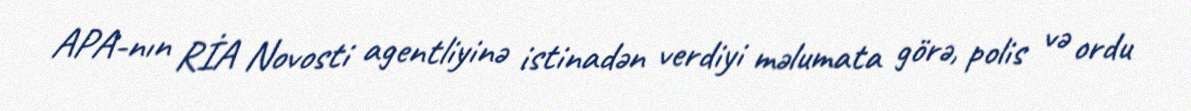
APA-nın RİA Novosti agentliyinə istinadən verdiyi məlumata görə, polis və ordu